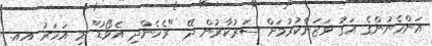
އަންހެނުންގެ އަގު ވަޒަންކުރުމަށް ސަރުކާރުން ދޭ "ރެހެންދި އެވޯޑު" މި އަހަރު އއ.